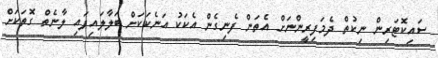
ސައިކޮޓަރިން ނިކުތް ދެމަފިރީންނަށް އެތަން ފެނިގެން އެކަކު އަނެކަކަށް ބަލާލައިފައި ލާނެތް ގޮތަކަށް